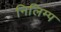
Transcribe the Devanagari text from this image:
निलिम्प